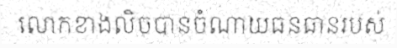
លោកខាងលិចបានចំណាយធនធានរបស់